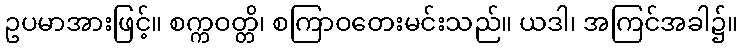
ဥပမာအားဖြင့်။ စက္ကဝတ္တိ၊ စကြာဝတေးမင်းသည်။ ယဒါ၊ အကြင်အခါ၌။